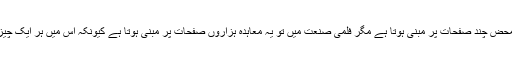
’’ایک کتاب کا معاہدہ محض چند صفحات پر مبنی ہوتا ہے مگر فلمی صنعت میں تو یہ معاہدہ ہزاروں صفحات پر مبنی ہوتا ہے کیونکہ اس میں ہر ایک چیز کا احاطہ ہونا چاہیے۔